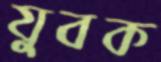
যুবক